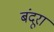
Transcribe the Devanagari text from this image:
बंदूरा